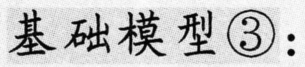
基础模型\textcircled{3}：